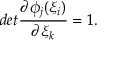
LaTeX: d e t \frac { \partial \phi _ { j } ( \xi _ { i } ) } { \partial \xi _ { k } } = 1 .